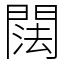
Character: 䦢